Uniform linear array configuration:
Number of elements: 32
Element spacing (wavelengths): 0.75
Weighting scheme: exponential
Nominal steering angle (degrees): -15
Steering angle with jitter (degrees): -14.519
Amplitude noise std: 0.05
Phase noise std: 0.05

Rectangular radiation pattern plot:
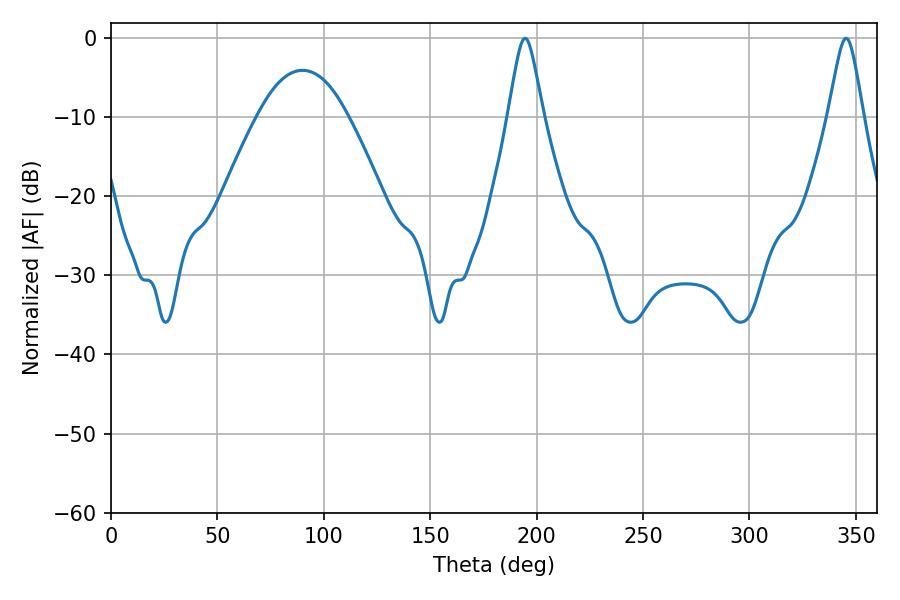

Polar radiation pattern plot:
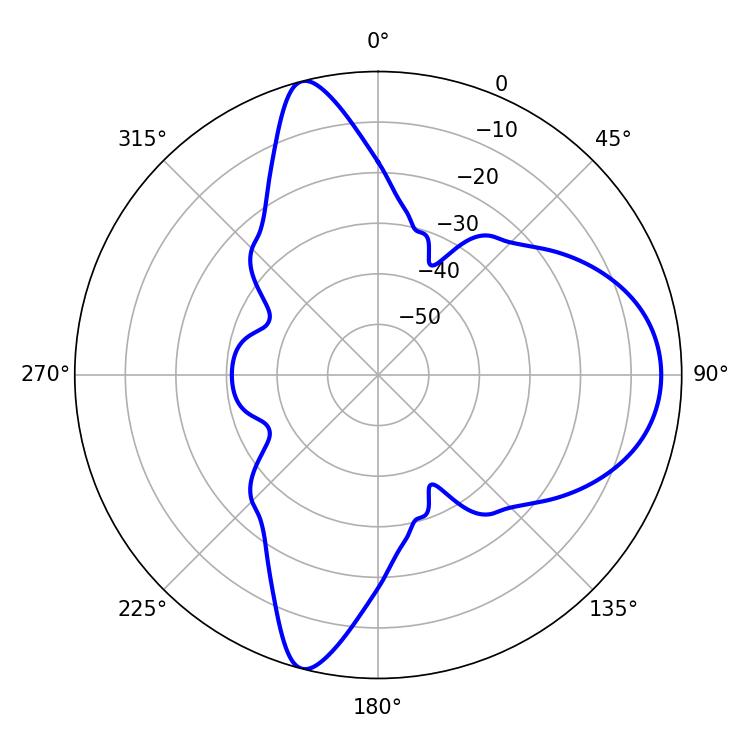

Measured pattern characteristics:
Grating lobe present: TRUE
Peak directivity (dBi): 11.604
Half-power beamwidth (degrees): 7.92
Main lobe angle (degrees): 194.58